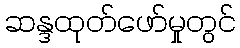
ဆန္ဒထုတ်ဖော်မှုတွင်